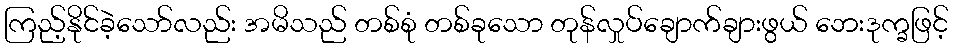
ကြည့်နိုင်ခဲ့သော်လည်း အမိသည် တစ်စုံ တစ်ခုသော တုန်လှုပ်ချောက်ချားဖွယ် ဘေးဒုက္ခဖြင့်